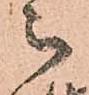
被